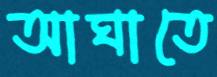
আঘাতে